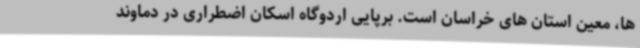
ها، معین استان های خراسان است. برپایی اردوگاه اسکان اضطراری در دماوند